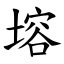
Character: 塎